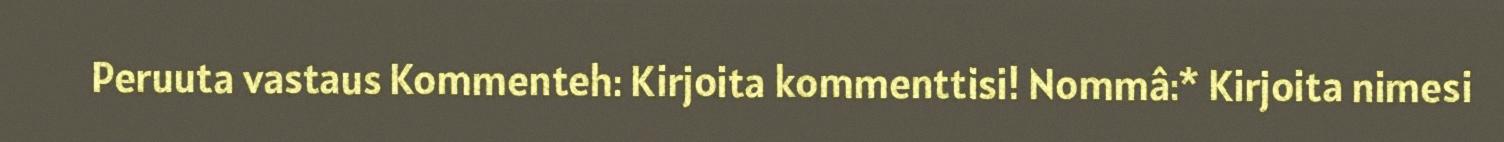
Peruuta vastaus Kommenteh: Kirjoita kommenttisi! Nommâ:* Kirjoita nimesi